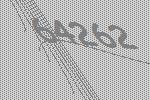
64262